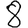
Digit: 8